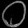
Digit: ၀